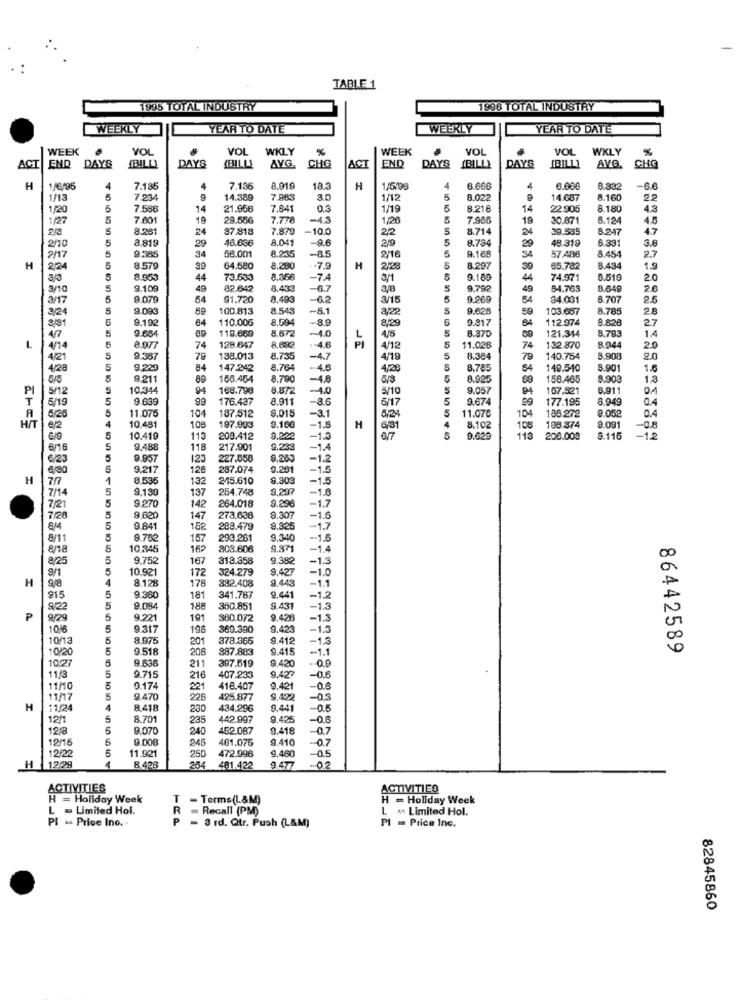
TABLE 1
1995 TOTAL INDUSTRY
1996 TOTAL INDUSTRY
WEEKLY
YEAR TO DATE
WEEKLY
YEAR TO DATE
WEEK
VOL
VOL
WKLY
%
WEEK
YO
VOL
WKLY
%
END
BILL
(BILLY
END
(BILLY
1BILLI
CHQ
ACT
DAYS
DAYS
AVG.
CHG
ACT
DAYS
DAYS
AVG.
H
1/6/96
7.185
4
7.136
8.919
18.3
H
1/5/98
8.66
8.832
1/13
7.234
14.389
7.885
3.0
1/12
8.022
14.687
8.160
22
1/20
7.586
14
21.956
7.841
0.3
1/19
8.21€
14
22 905
8.180
4.3
1/27
7.001
19
29.556
7.778
-4.3
1/20
7.900
19
30.871
6.124
4.5
2/3
8.251
24
97.818
7.879
-10.0
2,2
8.714
24
38.585
8.247
47
2/10
8.819
46.636
8.041
9.6
219
8.734
48.319
6.331
3.6
9.385
29
58.001
8.235
-85
2/16
29
27
2/17
34
R.168
34
57 .488
8.454
H
2/24
8.579
64.580
8.280
-7.9
H
2/28
3297
65.782
8.43
1.9
8.953
44
73.533
-7.4
3/1
9.189
44
74.971
8.51€
20
3/10
9.109
49
82.642
8.433
-6.7
9.792
49
54.763
8.649
26
3/17
9.07
54
81.720
8.493
-6.2
3/15
9.969
54
84.031
8.70
3/24
9.093
59
100.813
8.543
-5.1
8/22
9.626
59
103.687
8.78
2.8
3/81
9.19
84
110.005
8.594
8/29
9.817
84
112.974
8.82
27
118.669
8.672
-4.0
8.370
121.314
8.783
1.4
9.684
128.647
5
L
4/14
8.07
74
8,690
4.6
4/12
11.028
74
132.870
8.94
20
4/21
9.387
79
138.013
8.735
-4.7
4/19
8.384
79
140.754
8.908
20
4/28
9.229
84
147.242
8.764
4.6
4/20
8,785
149.540
8.901
9.211
166.464
8.790
4.8
5/3
3.925
69
158.465
8.903
13
PI
5/12
10.344
94
168.790
-40
9.057
94
157.521
3.91
T
5/19
9.639
99
176.437
8.911
-3.6
5/17
9.674
177.195
8.949
0.4
11.075
104
8.015
-3.1
5
11.07ª
0.4
A
5/25
108
187.512
5/2
104
188.272
HIT
e/2
10.481
197.993
9.160
-1.8
H
6/31
8.102
108
195.374
9.091
649
10.419
113
208.412
9,222
-1.3
6/7
5
9.629
113
208.009
9.116
-12
6/16
9.488
118
217.901
9.233
-1.4
6/23
9.957
123
227.558
9.265
-1.
9.217
128
287.074
0.201
-15
H
77
8.53
132
215.610
8.303
1.5
7/14
9.130
137
254.748
9,297
9.270
9.290
1.6
1.7
7/21
142
264.018
7/28
9.620
147
273.638
9.307
-1.6
814
9.84
152
288.479
9,825
1.7
8/11
9.702
157
293.261
9.340
-- 1.6
8/18
10 345
162
803.606
9.371
1.4
DO
8/25
9.75
167
312.358
9.382
-1.5
9/1
10.92
172
324.279
9.427
-1.0
H
948
8.12
178
382.408
9.443
-1.1
915
9.36
181
341.767
9.441
1.2
9/22
9.084
188
350.851
9.431
-1.3
₱
9/29
9.221
191
360.072
9.426
-1.
1016
9.317
198
369.390
9.423
-1.3
10/13
8.975
201
378.365
9.412
13
10/20
518
206
887.883
9.415
-1.1
0
86442589
10:27
9.638
397.519
9.420
11/3
211
-0.6
9.71
216
407.233
9.427
11/10
0.17
221
418.407
0.421
-0.6
11/17
1.470
226
425.877
9.422
-0.3
H
11/24
8,41
230
434.296
9.441
-0.5
12/1
8.70
235
442.997
9.425
-0.6
1218
9.07
240
452.087
9.418
-0.7
12/15
9.000
461.075
9.410
-0.7
245
9.460
-0.5
2/22
11.92
250
472.996
12/29
R 428
254
401.422
9.477
02
ACTIVITIES
ACTIVITIES
H = Holiday Week
- Terms(L&M)
H = Holiday Week
L - Limited Hol.
R
Recall (PM)
L =* Limited Hol.
Pl w Price Ino.
PI = Price Inc.
P - 3 rd. Qtr. Push (L&M)
82845860